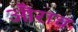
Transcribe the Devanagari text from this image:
औराच